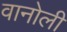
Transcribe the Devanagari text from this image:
वानोली